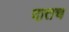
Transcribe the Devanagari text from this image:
दातच